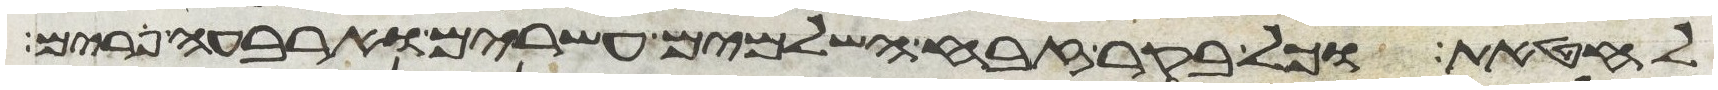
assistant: לחטאת וכל בקר זבח השלמים עשרים וארבעה פרים